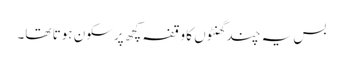
بس یہ چند گھنٹوں کا وقفہ کچھ پرسکون ہوتا تھا۔